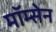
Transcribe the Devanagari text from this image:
मॉम्सेन